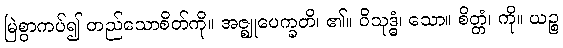
မြဲစွာကပ်၍ တည်သောစိတ်ကို။ အဇ္ဈုပေက္ခတိ၊ ၏။ ဝိသုဒ္ဓံ၊ သော။ စိတ္တံ၊ ကို။ ယဉ္စ